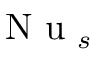
\mathrm { ~ N ~ u ~ } _ { s }